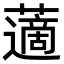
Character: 藡